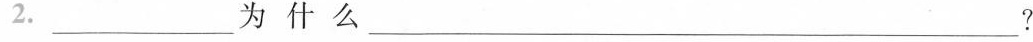
2.___为什么___？